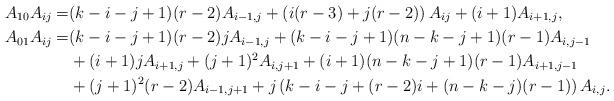
LaTeX: \begin{align*}A_{10}A_{ij} =& (k-i-j+1)(r-2) A_{i-1,j} + \left( i(r-3)+j(r-2) \right) A_{ij} +(i+1)A_{i+1,j}, \\A_{01}A_{ij} =& (k-i-j+1)(r-2)j A_{i-1,j} + (k-i-j+1)(n-k-j+1)(r-1)A_{i,j-1} \\ &+ (i+1)j A_{i+1,j} + (j+1)^2 A_{i,j+1} + (i+1)(n-k-j+1)(r-1) A_{i+1,j-1} \\&+ (j+1)^2(r-2) A_{i-1,j+1} +j\left( k-i-j+(r-2)i+(n-k-j)(r-1)\right)A_{i,j}. \end{align*}